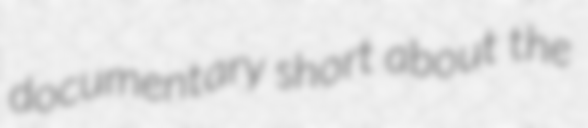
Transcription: documentary short about the